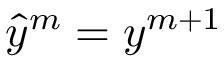
\hat { y } ^ { m } = y ^ { m + 1 }